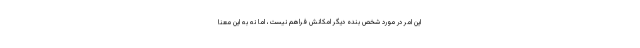
این امر در مورد شخص بنده دیگر امکانش فراهم نیست، اما نه به این معنا